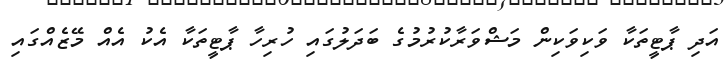
އަދި ޕާޓީތަކާ ވަކިވަކިން މަޝްވަރާކުރުމުގެ ބަދަލުގައި ހުރިހާ ޕާޓީތަކާ އެކު އެއް މޭޒެއްގައި